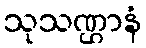
သုသဏ္ဌာနံ